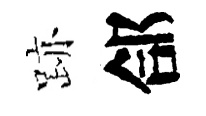
跡郃